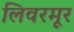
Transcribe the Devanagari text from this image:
लिवरमूर